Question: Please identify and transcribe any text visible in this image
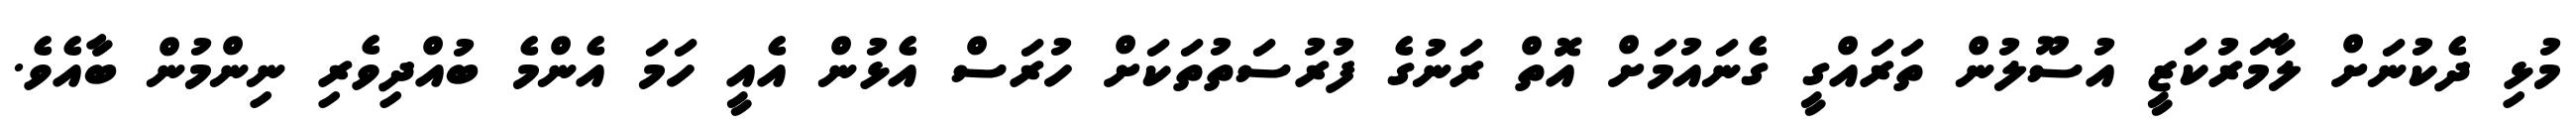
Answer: މުޅި ދެކުނަށް ލާމަރުކަޒީ އުސޫލުން ތަރައްގީ ގެނައުމަށް އޮތް ރަނުގެ ފުރުސަތުތަކަށް ހުރަސް އެޅުން އެއީ ހަމަ އެންމެ ބުއްދިވެރި ނިންމުން ބާއެވެ.